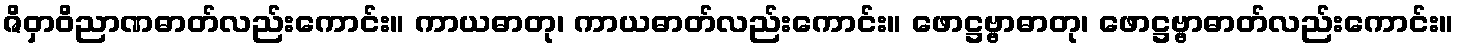
ဇိဝှာဝိညာဏဓာတ်လည်းကောင်း။ ကာယဓာတု၊ ကာယဓာတ်လည်းကောင်း။ ဖောဋ္ဌဗ္ဗာဓာတု၊ ဖောဋ္ဌဗ္ဗာဓာတ်လည်းကောင်း။